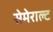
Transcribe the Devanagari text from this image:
सेमेराल्ट